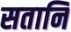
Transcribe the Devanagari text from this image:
सतानि